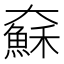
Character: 𱘾